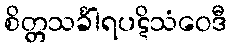
စိတ္တသင်္ခါရပဋိသံဝေဒီ